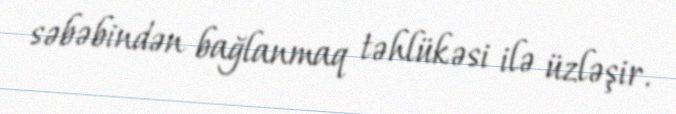
səbəbindən bağlanmaq təhlükəsi ilə üzləşir.